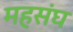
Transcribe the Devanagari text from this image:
महसंघ